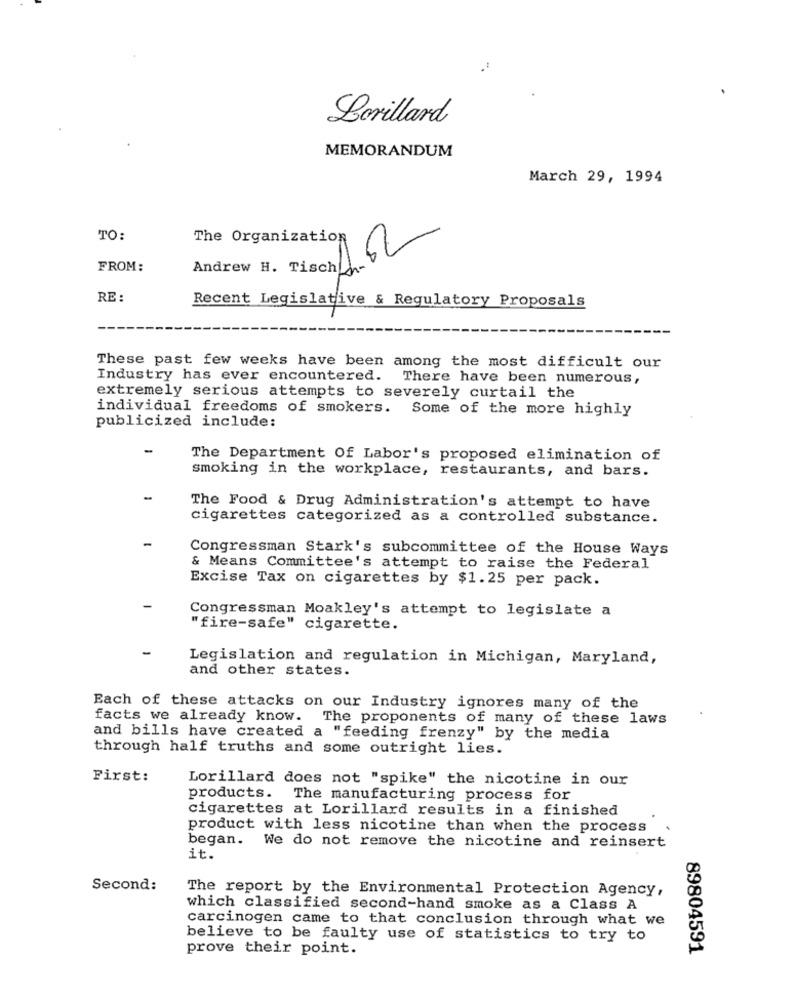
Lorillard
MEMORANDUM
March 29, 1994
TO:
The Organization
FROM:
RE :
Recent Legislative & Regulatory Proposals
These past few weeks have been among the most difficult our
Industry has ever encountered.
There have been numerous,
extremely serious attempts to severely curtail the
individual freedoms of smokers. Some of the more highly
publicized include:
-
The Department Of Labor's proposed elimination of
smoking in the workplace, restaurants, and bars.
The Food & Drug Administration's attempt to have
cigarettes categorized as a controlled substance.
Congressman Stark's subcommittee of the House Ways
& Means Committee's attempt to raise the Federal
Excise Tax on cigarettes by $1.25 per pack.
Congressman Moakley's attempt to legislate a
"fire-safe" cigarette.
Legislation and regulation in Michigan, Maryland,
and other states.
Each of these attacks on our Industry ignores many of the
facts we already know. The proponents of many of these laws
and bills have created a "feeding frenzy" by the media
through half truths and some outright lies.
First:
Lorillard does not "spike" the nicotine in our
products. The manufacturing process for
cigarettes at Lorillard results in a finished
product with less nicotine than when the process
began. We do not remove the nicotine and reinsert
it.
Second:
The report by the Environmental Protection Agency,
which classified second-hand smoke as a Class A
carcinogen came to that conclusion through what we
believe to be faulty use of statistics to try to
prove their point.
89804591